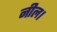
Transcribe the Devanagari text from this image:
नील।